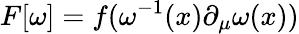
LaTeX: F[\omega]=f(\omega^{-1}(x)\partial_{\mu}\omega(x))